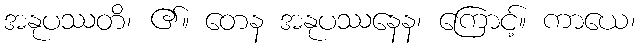
အနုပဿတိ၊ ၏။ တေန အနုပဿနေန၊ ကြောင့်။ ကာယေ၊